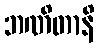
ဘဏိတာနိ